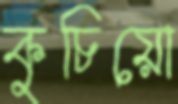
কুচিয়ো